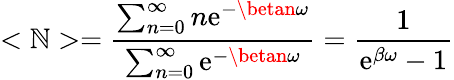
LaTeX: <\mathbb{N}>={\frac{{\sum_{n=0}^{\infty}n\mathrm{{e}}^{-\betan\omega}}}{{\sum_{n=0}^{\infty}\mathrm{{e}}^{-\betan\omega}}}}={\frac{{1}}{{\mathrm{{e}}^{\beta\omega}-1}}}